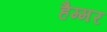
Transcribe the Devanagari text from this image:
हैम्मर